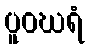
ပူဝဃရံ